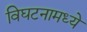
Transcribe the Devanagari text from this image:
विघटनामध्ये